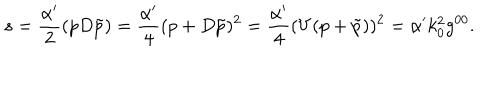
s = \frac { \alpha ^ { \prime } } { 2 } ( p D \tilde { p } ) = \frac { \alpha ^ { \prime } } { 4 } ( p + D \tilde { p } ) ^ { 2 } = \frac { \alpha ^ { \prime } } { 4 } ( V ( p + \tilde { p } ) ) ^ { 2 } = \alpha ^ { \prime } k _ { 0 } ^ { 2 } g ^ { 0 0 } .